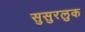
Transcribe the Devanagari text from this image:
सुसुरलुक